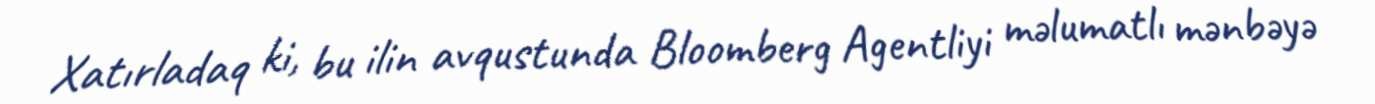
Xatırladaq ki, bu ilin avqustunda Bloomberg Agentliyi məlumatlı mənbəyə